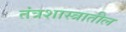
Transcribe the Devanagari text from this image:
तंत्रशास्त्रातील